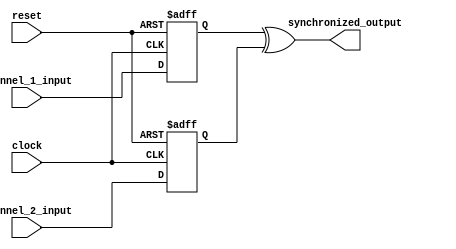
module multi_channel_synchronizer (
    input wire [7:0] channel_1_input,
    input wire [7:0] channel_2_input,
    input wire clock,
    input wire reset,
    output reg [7:0] synchronized_output
);

reg [7:0] synchronized_channel_1;
reg [7:0] synchronized_channel_2;

always @(posedge clock or posedge reset) begin
    if (reset) begin
        synchronized_channel_1 <= 8'b0;
        synchronized_channel_2 <= 8'b0;
    end else begin
        synchronized_channel_1 <= channel_1_input;
        synchronized_channel_2 <= channel_2_input;
    end
end

always @* begin
    synchronized_output = synchronized_channel_1 ^ synchronized_channel_2; // perform any desired synchronization operation
end

endmodule